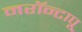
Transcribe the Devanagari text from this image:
नरॉन्टापू